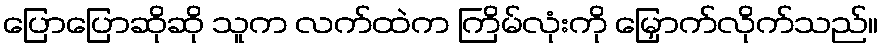
ပြောပြောဆိုဆို သူက လက်ထဲက ကြိမ်လုံးကို မြှောက်လိုက်သည်။